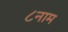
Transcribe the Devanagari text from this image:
८नाम